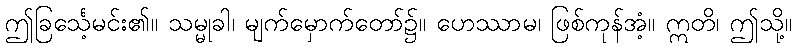
ဤခြင်္သေ့မင်း၏။ သမ္မုခါ၊ မျက်မှောက်တော်၌။ ဟေဿာမ၊ ဖြစ်ကုန်အံ့။ ဣတိ၊ ဤသို့။